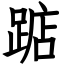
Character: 踮